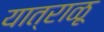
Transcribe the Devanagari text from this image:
यात्राळू